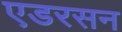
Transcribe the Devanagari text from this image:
एडरसन